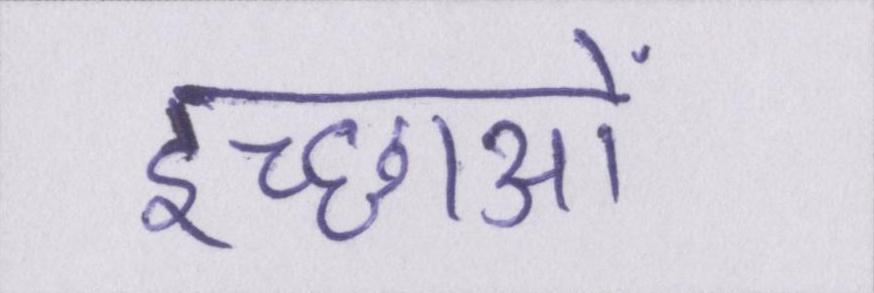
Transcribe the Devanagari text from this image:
इच्छाओं